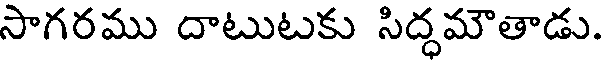
సాగరము దాటుటకు సిద్ధమౌతాడు.